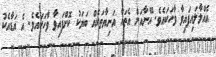
އެއްލާލައިފައިވާ ވާހަކައެވެ. އޭނާއަށް އެތައް އަނިޔާތަކެއް ބަޔަކު ކޮށްފައިވާ ވާހަކައެވެ. އެ އަޑާއެކު